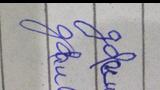
Signature authenticity: forged